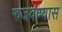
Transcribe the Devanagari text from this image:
रुजवण्यास